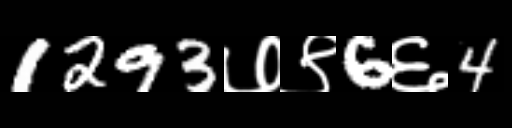
Text: 1293७९6६4